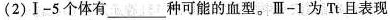
(2) I-5 个体有___种可能的血型。Ⅲ-1 为 Tt 且表现